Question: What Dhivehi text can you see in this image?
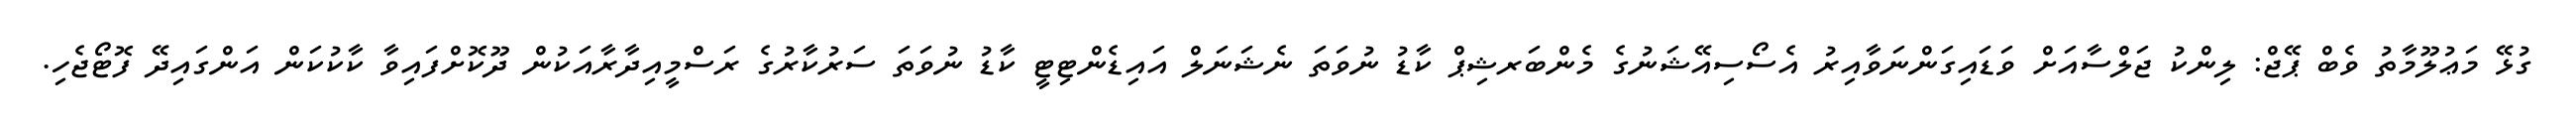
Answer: ގުޅޭ މަޢުލޫމާތު ވެބް ޕޭޖް: ލިންކު ޖަލްސާއަށް ވަޑައިގަންނަވާއިރު އެސޯސިއޭޝަނުގެ މެންބަރޝިޕް ކާޑު ނުވަތަ ނެޝަނަލް އައިޑެންޓިޓީ ކާޑު ނުވަތަ ސަރުކާރުގެ ރަސްމީއިދާރާއަކުން ދޫކޮށްފައިވާ ކާކުކަން އަންގައިދޭ ފޮޓޯޖެހި.